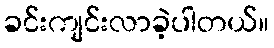
ခင်းကျင်းလာခဲ့ပါတယ်။